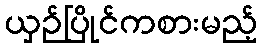
ယှဉ်ပြိုင်ကစားမည့်